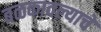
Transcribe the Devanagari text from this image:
बळकावल्याचे